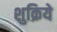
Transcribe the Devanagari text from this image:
शुक्रिये